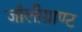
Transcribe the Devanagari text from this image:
जॉलीग्राण्ट